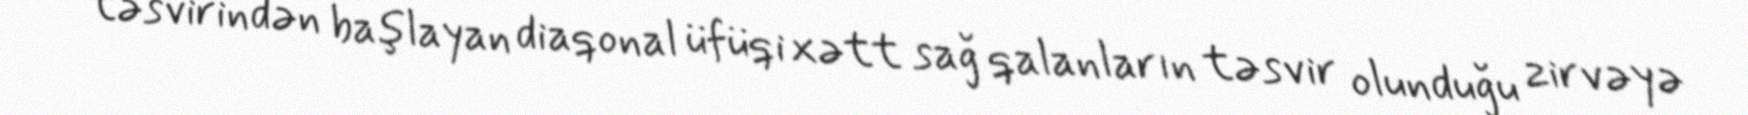
təsvirindən başlayan diaqonal üfüqi xətt sağ qalanların təsvir olunduğu zirvəyə